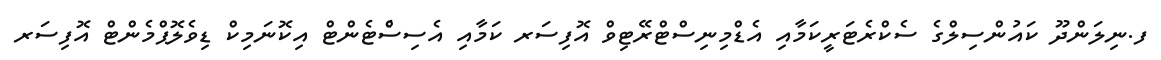
ފ.ނިލަންދޫ ކައުންސިލްގެ ސެކްރެޓަރީކަމާއި އެޑްމިނިސްޓްރޭޓިވް އޮފިސަރ ކަމާއި އެސިސެްޓެންޓް އިކޮނަމިކް ޑިވެލޮޕްމެންޓް އޮފިސަރ